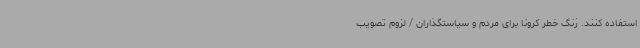
استفاده کنند. زنگ خطر کرونا برای مردم و سیاستگذاران / لزوم تصویب